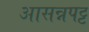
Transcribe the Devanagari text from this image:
आसन्नपट्ट